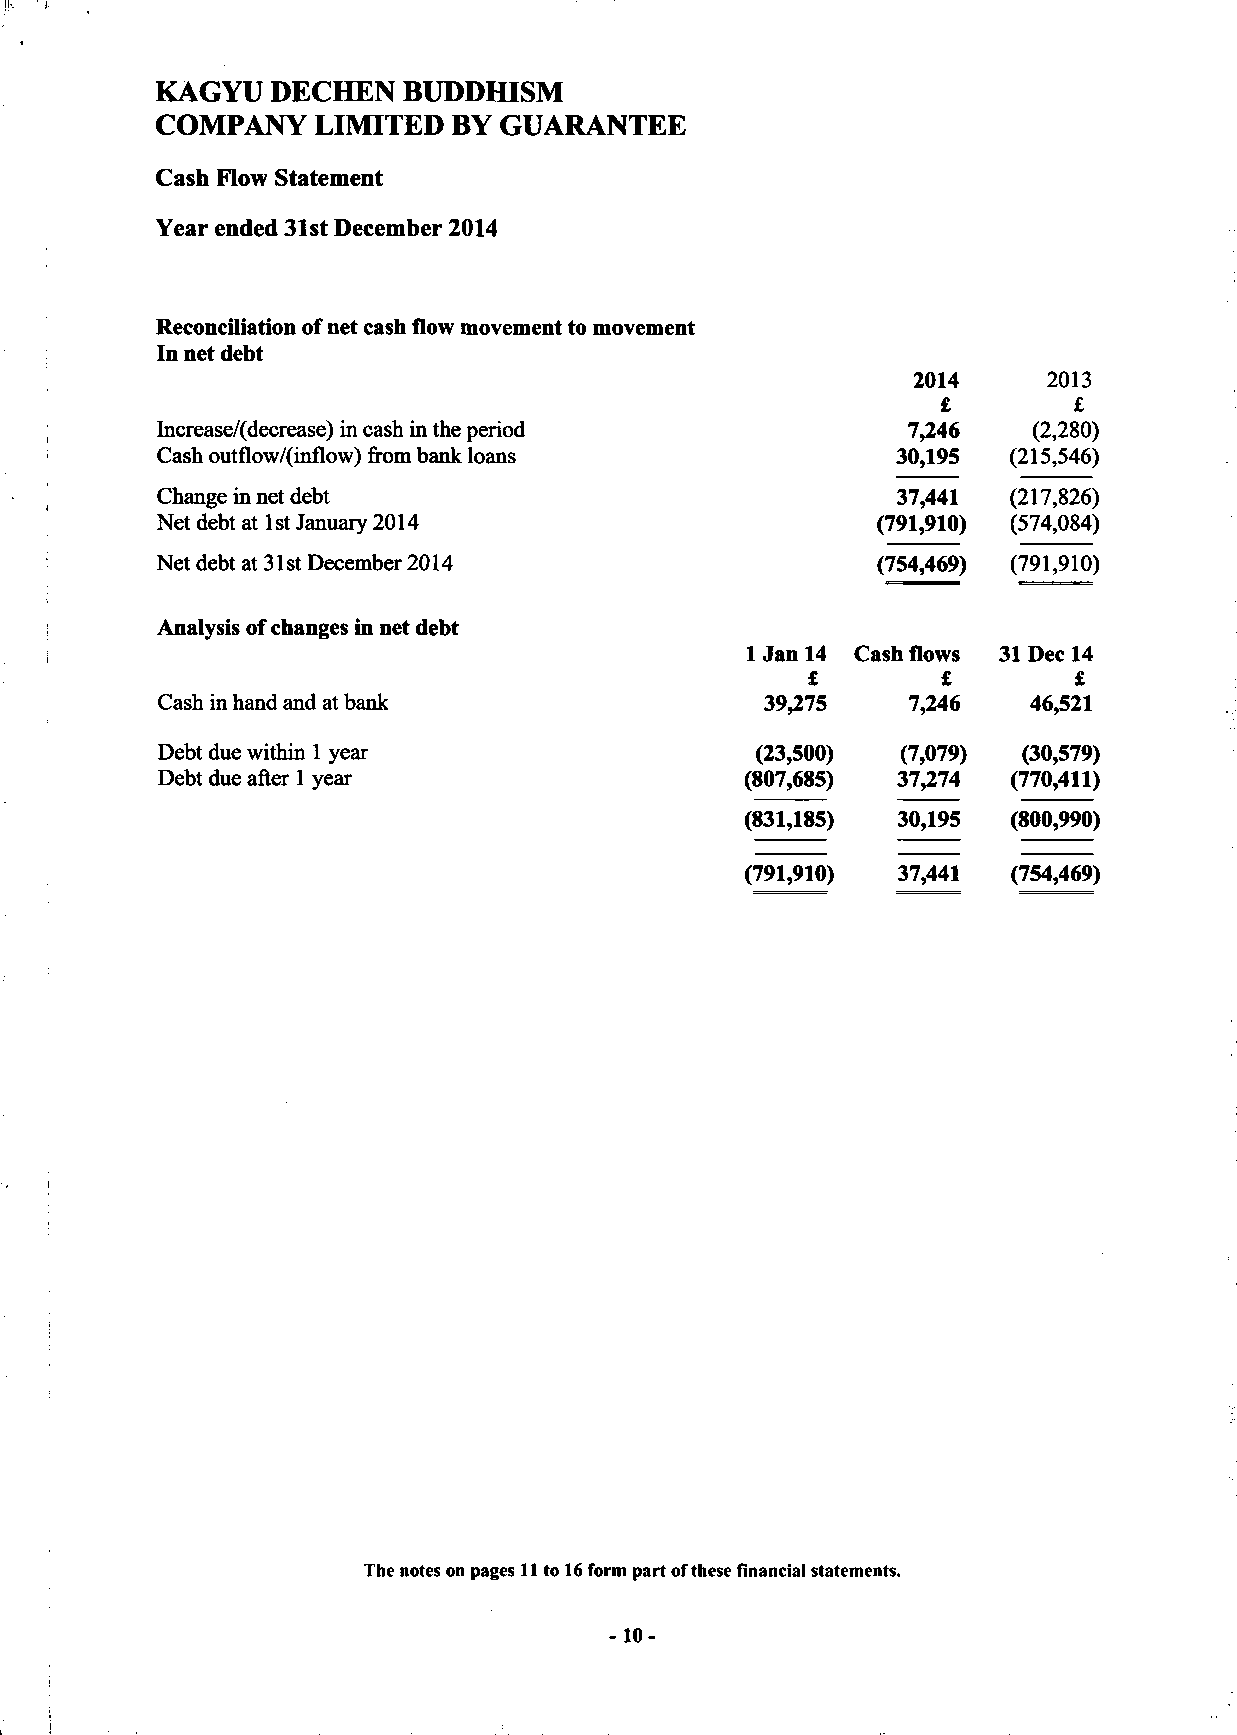
KAGYU   DECHEN   BUDDHISM
 COMPANY    LIMITED  BY GUARANTEE
 Cash Flow Statement
 Year ended 31st December 2014
 Reconciliation of net cash flow movement to movement
 In net debt
 2014     2013
 £        £
 Increase/(decrease) in cash in the period         7,246   (2,280)
 Cash outflow/(inflow) from bank loans            30,195  (215,546)
 Change in net debt                               37,441  (217,826)
 Net debt at 1st January 2014                    (791,910) (574,084)
 Net debt at 31st December 2014                  (754,469) (791,910)
 Analysis of changes in net debt
 1 Jan 14 Cash flows 31 Dec 14
 £        £        £
 Cash in hand and at bank                 39,275   7,246   46,521
 Debt due within 1 year                  (23,500)  (7,079) (30,579)
 Debt due after 1 year                  (807,685) 37,274  (770,411)
 (831,185) 30,195  (800,990)
 (791,910) 37,441  (754,469)
 The notes on pages 11 to 16 form part of these financial statements.
 -10-